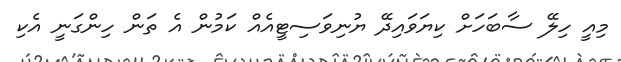
މިއީ ހިލޭ ސާބަހަށް ކިޔަވައިދޭ ޔުނިވަސިޓީއެއް ކަމުން އެ ތަން ހިންގަނީ އެކި